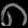
Digit: ၈